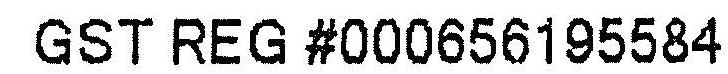
GST REG #000656195584